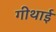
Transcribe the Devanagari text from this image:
गीथाई